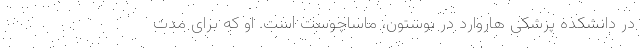
در دانشکده پزشکی هاروارد در بوستون، ماساچوست است. او که برای مدت